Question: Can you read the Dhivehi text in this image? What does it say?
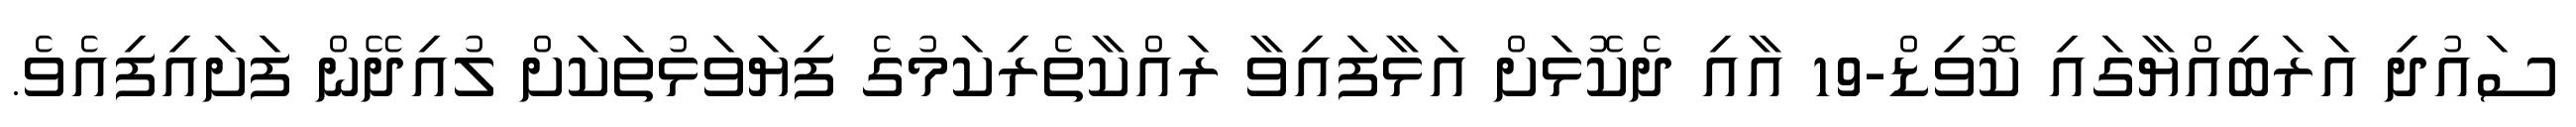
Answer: ސައުދި އަރަބިއްޔާގައި ކޮވިޑް-19 އާއި ދެކޮޅަށް އަޅާފައިވާ ރައްކާތެރިކަމުގެ ފިޔަވަޅުތަކަށް ލުއިދޭން ފަށައިފިއެވެ.